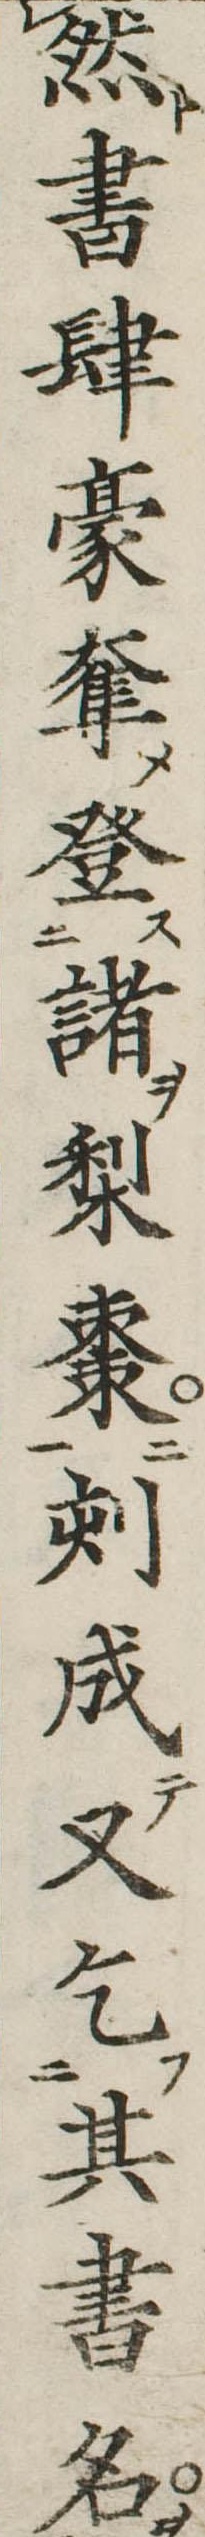
然書肆豪奪登諸梨棗刻成又乞其書名